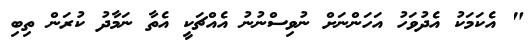
" އެކަމަކު އެދުވަހު އަހަންނަށް ނުވިސްނުނު އެއްޗަކީ އެތާ ނަމާދު ކުރަން ތިބި